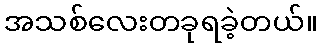
အသစ်လေးတခုရခဲ့တယ်။